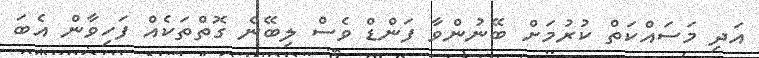
އަދި މަސައްކަތް ކުރުމަށް ބޭނުންވާ ފަންޑް ވެސް ލިބޭނެ ގޮތްތަކެއް ފަހިވާން އެބަ